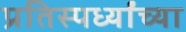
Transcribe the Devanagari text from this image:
प्रतिस्पर्ध्यांच्या